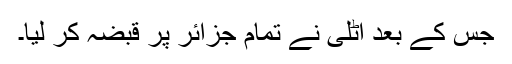
جس کے بعد اٹلی نے تمام جزائر پر قبضہ کر لیا۔